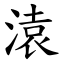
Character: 溒